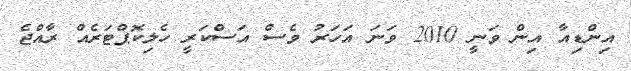
އިންޑިއާ އިން ވަނީ 2010 ވަނަ އަހަރު ވެސް އަސްކަރީ ހެލިކޮޕްޓަރެއް ރާއްޖެ